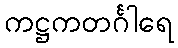
ကဋ္ဌကတင်္ဂါရေ